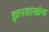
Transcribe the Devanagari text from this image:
ज्ञानशाखांना